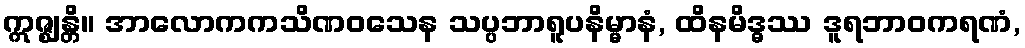
ဣဇ္ဈန္တိ။ အာလောကကသိဏဝသေန သပ္ပဘာရူပနိမ္မာနံ, ထိနမိဒ္ဓဿ ဒူရဘာဝကရဏံ,